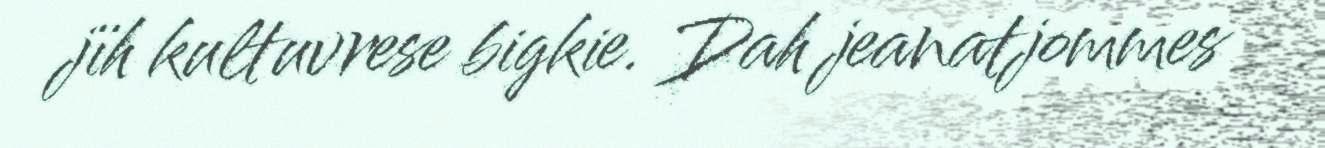
jïh kultuvrese bigkie. Dah jeanatjommes